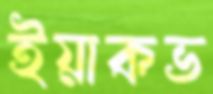
ইয়াকভ